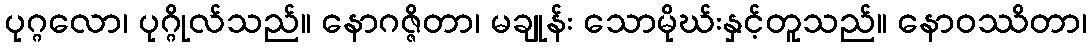
ပုဂ္ဂလော၊ ပုဂ္ဂိုလ်သည်။ နောဂဇ္ဇိတာ၊ မချုန်း သောမိုဃ်းနှင့်တူသည်။ နောဝဿိတာ၊